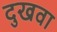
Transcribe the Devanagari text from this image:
दुखवा